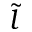
\tilde { l }